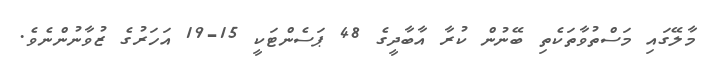
މާލޭގައި މަސްތުވާތަކެތި ބޭނުން ކުރާ އާބާދީގެ 48 ޕަސެންޓަކީ 15-19 އަހަރުގެ ޒުވާނުންނެވެ.